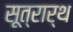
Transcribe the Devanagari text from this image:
सूत्रार्थ